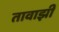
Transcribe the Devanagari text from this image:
तावाझी